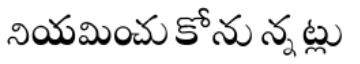
నియమించుకోనున్నట్లు